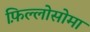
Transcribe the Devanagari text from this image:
फ़िल्लोसोमा